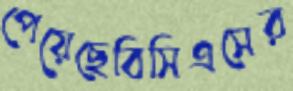
পেয়েছেবিসিএসের